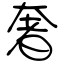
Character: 奢